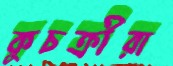
কুচক্রীরা